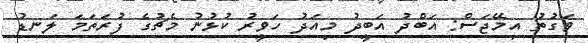
ވަގުތު އިމޭޖަސް: އަބްދު އަބީދު މިއަދު ހަވީރު ކުޅުނު މެޗުގެ ފުރަތަމަ ލަނޑު